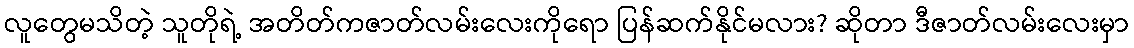
လူတွေမသိတဲ့ သူတိုရဲ့ အတိတ်ကဇာတ်လမ်းလေးကိုရော ပြန်ဆက်နိုင်မလား? ဆိုတာ ဒီဇာတ်လမ်းလေးမှာ